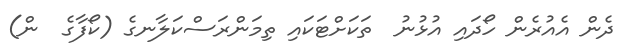
ދެން އެއުރެން ހޯދައި އުޅުނު  ތަކަށްޓަކައި ތިމަންރަސްކަލާނގެ (ކޯފާގެ  ން)